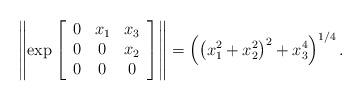
LaTeX: \begin{align*}\left\Vert \exp\left[\begin{array}[c]{ccc}0 & x_{1} & x_{3}\\0 & 0 & x_{2}\\0 & 0 & 0\end{array}\right] \right\Vert =\left( \left( x_{1}^{2}+x_{2}^{2}\right) ^{2}+x_{3}^{4}\right) ^{1/4}.\end{align*}